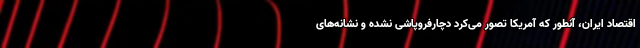
اقتصاد ایران، آنطور که آمریکا تصور می‌کرد دچارفروپاشی نشده و نشانه‌های